Annual statistical returns and brief notes on vaccination in Bengal - 1896-1909
Year: 1896
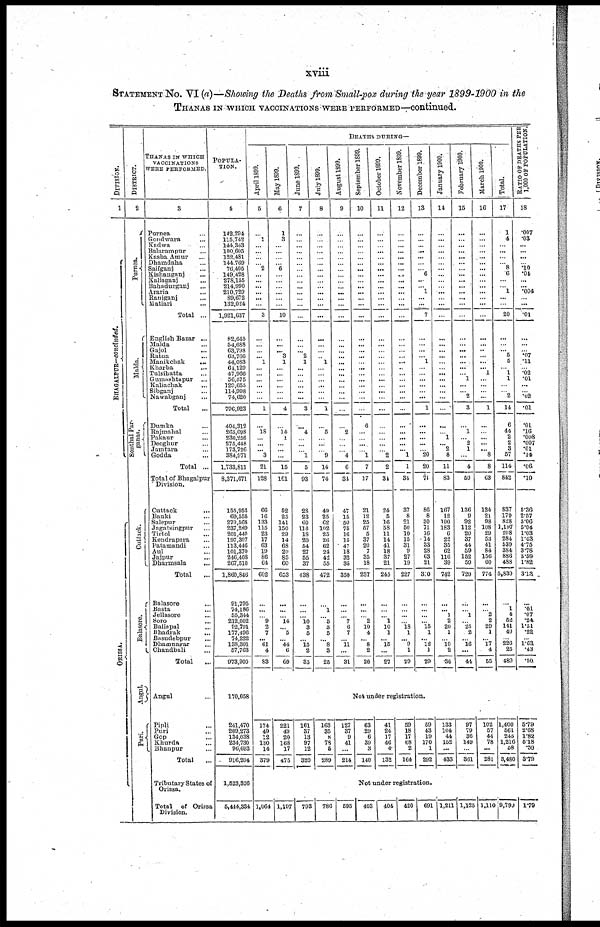
xviii
STATEMENT No. VI(a)—Showing the Deaths from Small-pox during the year 1899-1900 in the
THANAS IN WHICH VACCINATIONS WERE PERFORMED—continued.
DIVISION.
1
BHAGAL P UR—c o
n
c
lu
d
e
d
.
ORI SSA.
DISTRICT.
2
Purnea.
Malda.
Sonthal Par¬
ganas.
Cuttack.
Balasore.
Angul.
Puri.
THANAS IN WHICH
VACCINATIONS
WERE PERFORMED.
3
Purnea ...
Goodwara ...
Kadwa ...
Balarampur ...
Kasba Amur ...
Dhamdaha ...
Saifganj ...
Kishanganj ...
Kaliaganj ...
Bahadurganj ...
Araria ...
Raniganj ...
Matiari ...
Total ...
English Bazar ...
Malda ...
Gajol ...
Ratua ...
Manikchak
...
Kharba ...
Tulsihatta ...
Gumashtapur ...
Kaliachak
...
Sibganj ...
Nawabganj ...
Total ...
Dumka ...
Rajmahal ...
Pakaur ...
Deoghur ...
Jamtara ...
Godda ...
Total ...
Total of Bhagalpur
Division.
Cuttack
...
Banki ...
Salepur ...
Jngatsingpur ...
Tirtol ...
Kendrapara ...
Patamandi ...
Aul ...
Jajpur ...
Dharmsala
...
Total ...
Balasore ...
Basta ...
Jellasore ...
Soro ...
Baliapal ...
Bhadrak ...
Basudebpur ...
Dhamnagar ...
Chandbali ...
Total
...
Angul ...
Pipli ...
Puri ...
Gop ...
Khurda ...
Bhanpur ...
Total
Tributary States of
Orissa.
Total
of Orissa
Division.
POPULA-
----.
4
142,294
115,742
144,343 100,605 122,481
144,700
76,405
149,428
278,155
214,990
210,729
89,672
132,024
1,921,037
82,645
54,688
63,798
63,766
44,083
64,l29
47,966
56,575
129,655
114,998
74,620
796,923
404,312
265,098
230,256
275,448
173,726
384,971
1,733,811
8,371,671
155,953
69,555
270,568
237,289
201,440
197,307
113,446
101,370
246,408
267,510
1,860,846
91,795
74,186
55,344
212,002
92,791
177,496
74,222
138,301
57,763
973,900
170,058
241,470
209,273
134,038
234,730
96,693
916,204
1,523,326
5,414,334
DEATHS DURING—
April 1899.
5
...
1
...
...
...
... 2
...
...
...
...
...
...
3
...
...
...
... 1
...
...
...
...
...
...
1
...
18
...
...
... 3
21
128
66
16
133
115
23
17
63
19
86
64
602
...
...
... 9
2
7
... 61
4
83
May 1899.
6
1
3
...
...
...
... 6
...
...
...
...
...
...
10
...
...
... 3
1
...
...
...
...
...
...
4
...
14
1
...
...
...
15
161
52
25
141
150
29
14
63
29
85
60
653
...
...
... 14
... 5
... 44
6
69
June 1899.
7
...
...
...
...
...
...
...
...
...
...
...
...
...
...
...
...
... 2
1
...
...
...
...
...
...
3
...
4
...
...
... 1
5
93
28
23
60
116
18
20
54
27
55
37
438
...
...
... 10
3
5
... 15
2
35
July 1899.
8
...
...
...
...
...
...
...
...
...
...
...
...
...
...
...
...
...
... 1
...
...
...
...
...
...
1
...
5
...
...
... 9
14
74
49
25
62
102
25
26
62
24
42
55
472
...
1
... 5
3
5
... 8
3
25
August 1899.
9
...
...
...
...
...
...
...
...
...
...
...
...
...
...
...
...
...
...
...
...
...
...
...
...
...
...
...
2
...
...
... 4
6
34
47
15
50
75
10
15
47
18
32
35
350
...
...
... 7
6
7
... 11
...
31
September 1899.
10
...
...
...
...
...
...
...
...
...
...
...
...
...
...
...
...
...
...
...
...
...
...
...
...
...
...
6
...
...
...
... 1
7
17
21
12
25
57
5
37
20
7
35
18
237
...
...
... 2
10
4
... 8
2
26
October 1899.
11
...
...
...
...
...
...
...
...
...
...
...
...
...
...
...
...
...
...
...
...
...
...
...
...
...
...
...
...
...
...
... 2
2
31
24
5
16
58
11
14
41
18
37
21
245
...
...
... 1
10
1
... 15
...
27
November 1899.
12
...
...
...
...
...
...
...
...
...
...
...
...
...
...
...
...
...
...
...
...
...
...
...
...
...
...
...
...
...
...
... 1
1
34
37
8
21
50
10
15
31
9
27
19
227
...
...
...
... 18
1
... 9
1
29
December 1899.
13
...
...
...
...
...
...
... 6
...
... 1
...
...
7
...
...
...
... 1
...
...
...
...
...
...
1
...
...
...
...
... 20
20
71
86
8
30
71
16
14
33
28
63
21
30
...
...
...
... 15
1
... 12
1
29
January 1900.
14
...
...
...
...
...
...
...
...
...
...
...
...
...
...
...
...
...
...
...
...
...
...
...
...
...
...
...
... 1
... 2
8
11
83
167
12
100
183
6
22
35
62
116
39
742
...
... 1
2
20
1
... 10
2
38
February 1900.
15
...
...
...
...
...
...
...
...
...
...
...
...
...
...
...
...
...
...
...
...
... 1
...
... 2
3
...
1
... 2
1
...
4
50
136
9
92
112
20
37
44
59
152
59
720
...
... 1
... 25
2
... 16
...
44
March 1900.
16
...
...
...
...
...
...
...
...
...
...
...
...
...
...
...
...
...
...
...
... 1
...
...
...
...
1
...
...
...
...
... 8
8
63
124
21
98
108
29
53
41
84
156
60
774
...
... 2
2
29
1
... 17
4
55
Total.
17
1
4
...
...
...
... 8
6
...
.... 1
...
...
20
...
...
... 5
5
... 1
1
...
... 2
14
6
44
2
2
3
57
114
842
837
179
828
1,197
208
284
539
384
886
488
5,830
...
1
4
52
141
40
... 226
25
489
RATIO OF DEATHS PER
1,000 OF POPULATION.
18
.007
.03
...
...
...
... .10
.04
...
... .004
...
...
.01
...
...
... .07
.11
... .02
.01
...
... .02
.01
.01
.16
.008
.007
.01
.14
.06
.10
5.36
2.57
3.06
5.04
1.03
1.43
4.75
3.78
3.59
1.82
3.13
.01
.07
.24
1.51
.22
... 1.63
.43
.50
Not under registration.
174
49
12
130
14
379
221
49
20
168
17
475
161
37
13
97
12
320
163
35
8
78
6
289
127
37
9
41
...
214
63
29
6
39
3
140
41
24
17
46
4
132
59
18
17
68
2
164
59
43
19
170
1
292
133
104
44
152
...
433
97
79
36
149
...
361
102
57
44
78
...
281
1,400
561
245
1,216
58
3,480
5.79
2.68
1.82.
5.18
.59
3.79
Not under registration.
1,064 1,197
793
786
595
403
404
420
691 1,211 1,125 1,110 9,799 1.79